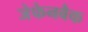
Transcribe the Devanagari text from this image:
जेफेनबैक